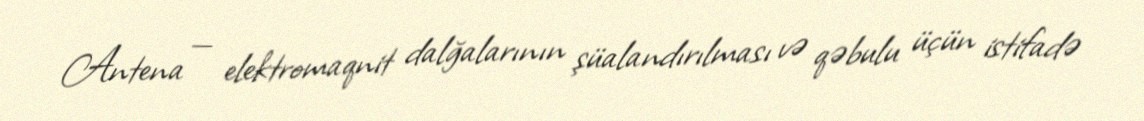
Antena — elektromaqnit dalğalarının şüalandırılması və qəbulu üçün istifadə